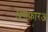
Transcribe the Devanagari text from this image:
असफ़ारअ